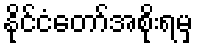
နိုင်ငံတော်အစိုးရမှ